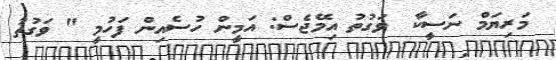
މަރިޔަމް ނަސީކާ  ވަގުތު އިމޭޖެސް: އަމީން ހުސެއިން ފަހުމީ " ވަގުތު